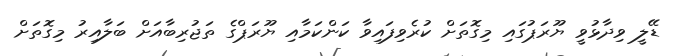
ޑޭލީ ވިދާޅުވީ ޔޫރަޕުގައި މިގޮތަށް ކުރެވިފައިވާ ކަންކަމާއި ޔޫރަޕްގެ ތަޖުރިބާއަށް ބަލާއިރު މިގޮތަށް